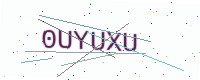
Text: 0UYUXU